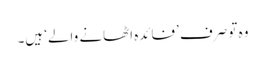
وہ تو صرف ’فائدہ اٹھانے والے‘ ہیں۔